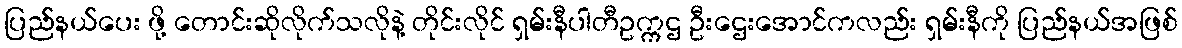
ပြည်နယ်ပေး ဖို့ တောင်းဆိုလိုက်သလိုနဲ့ တိုင်းလိုင် ရှမ်းနီပါတီဥက္ကဌ ဦးဌေးအောင်ကလည်း ရှမ်းနီကို ပြည်နယ်အဖြစ်